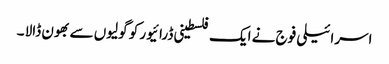
اسرائیلی فوج نے ایک فلسطینی ڈرائیور کو گولیوں سے بھون ڈالا ۔